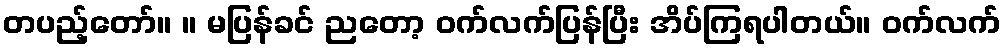
တပည့်တော်။ ။ မပြန်ခင် ညတော့ ဝက်လက်ပြန်ပြီး အိပ်ကြရပါတယ်။ ဝက်လက်